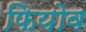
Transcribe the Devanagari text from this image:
फियोव